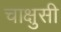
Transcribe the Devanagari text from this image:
चाक्षुसी